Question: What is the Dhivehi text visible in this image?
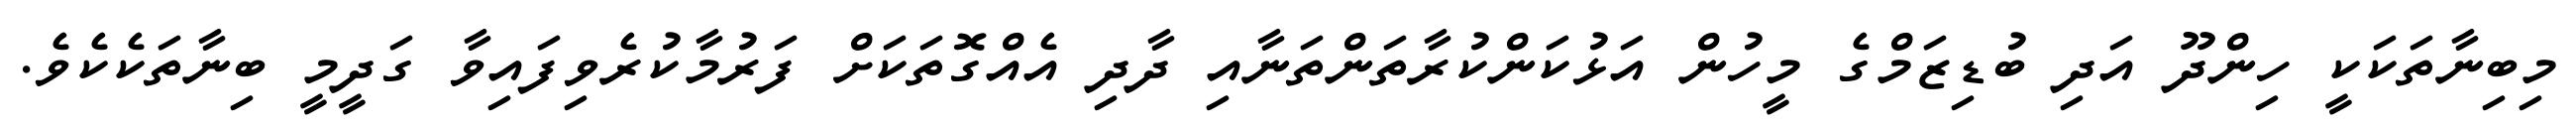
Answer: މިބިނާތަކަކީ ހިންދޫ އަދި ބުޑިޒަމްގެ މީހުން އަޅުކަންކުރާތަންތަނާއި ދާދި އެއްގޮތަކަށް ފަރުމާކުރެވިފައިވާ ގަދީމީ ބިނާތަކެކެވެ.